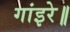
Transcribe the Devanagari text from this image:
गांइरे॥